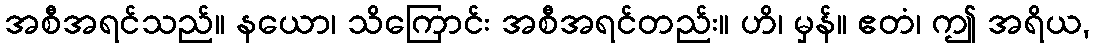
အစီအရင်သည်။ နယော၊ သိကြောင်း အစီအရင်တည်း။ ဟိ၊ မှန်။ ဧတံ၊ ဤ အရိယ,